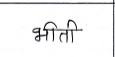
मजकूर: भीती